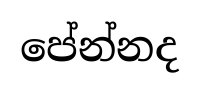
පේන්නද